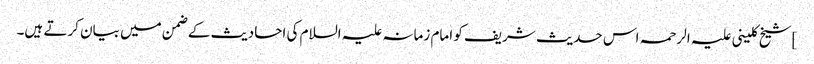
]شیخ کلینی علیہ الرحمہ اس حدیث شریف کو امام زمانہ علیہ السلام کی احادیث کے ضمن میں بیان کرتے ہیں۔